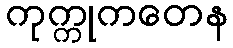
ကုက္ကုကတေန